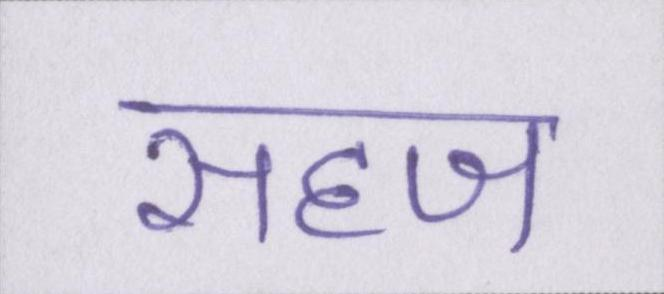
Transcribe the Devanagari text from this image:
सहज